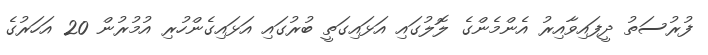
ފުރުސަތު ދީފައިވާއިރު އެންމެންގެ ލޮލުގައި އަޅައިގަތީ ބުރުގައި އަޅައިގެންހުރި އުމުރުން 20 އަހަރުގެ